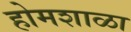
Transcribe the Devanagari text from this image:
होमशाळा